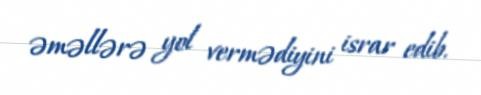
əməllərə yol vermədiyini israr edib.